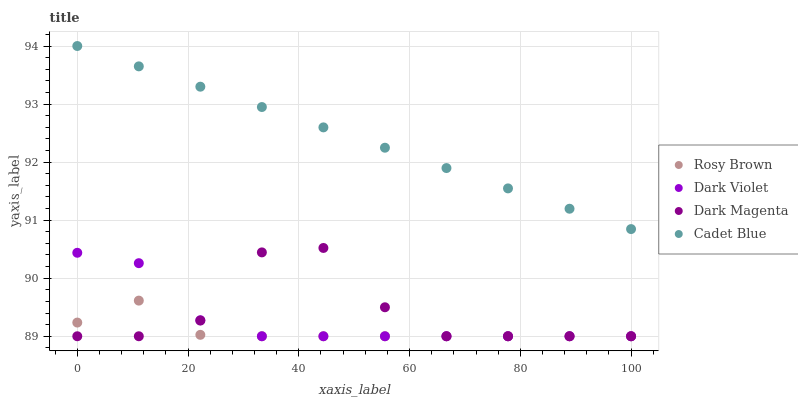
| xaxis_label | Rosy Brown | Dark Violet | Dark Magenta | Cadet Blue |
 | --- | --- | --- | --- | --- |
 | 0 | 89.2 | 90.4 | 89 | 94 |
 | 11.1 | 89.6 | 90.3 | 89 | 93.6 |
 | 22.2 | 89 | 89.3 | 89.3 | 93.3 |
 | 33.3 | 89 | 89 | 90.4 | 92.9 |
 | 44.4 | 89 | 89 | 90.5 | 92.6 |
 | 55.6 | 89 | 89 | 89.5 | 92.2 |
 | 66.7 | 89 | 89 | 89 | 91.9 |
 | 77.8 | 89 | 89 | 89 | 91.5 |
 | 88.9 | 89 | 89 | 89 | 91.2 |
 | 100 | 89 | 89 | 89 | 90.8 |